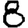
Digit: 8